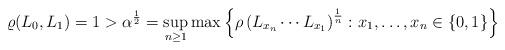
LaTeX: \begin{align*}\varrho(L_0,L_1)=1>\alpha^{\frac{1}{2}} = \sup_{n \geq 1} \max\left\{\rho\left(L_{x_n}\cdots L_{x_1}\right)^{\frac{1}{n}}\colon x_1,\ldots,x_n \in \{0,1\}\right\}\end{align*}